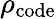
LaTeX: \rho_{\mathrm{code}}